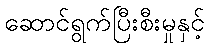
ဆောင်ရွက်ပြီးစီးမှုနှင့်